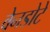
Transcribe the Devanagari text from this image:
वेनडोटे